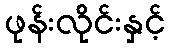
ဖုန်းလိုင်းနှင့်